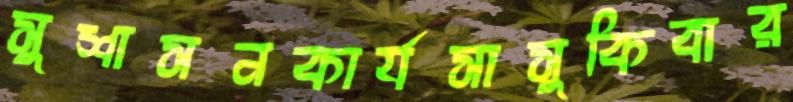
সুশাসনকার্যসাসুকিবার